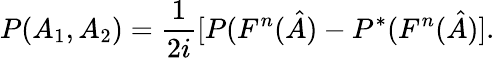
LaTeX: P(A_{1},A_{2})=\frac{1}{2i}[P(F^{n}(\hat{A})-P^{\ast}(F^{n}(\hat{A})].